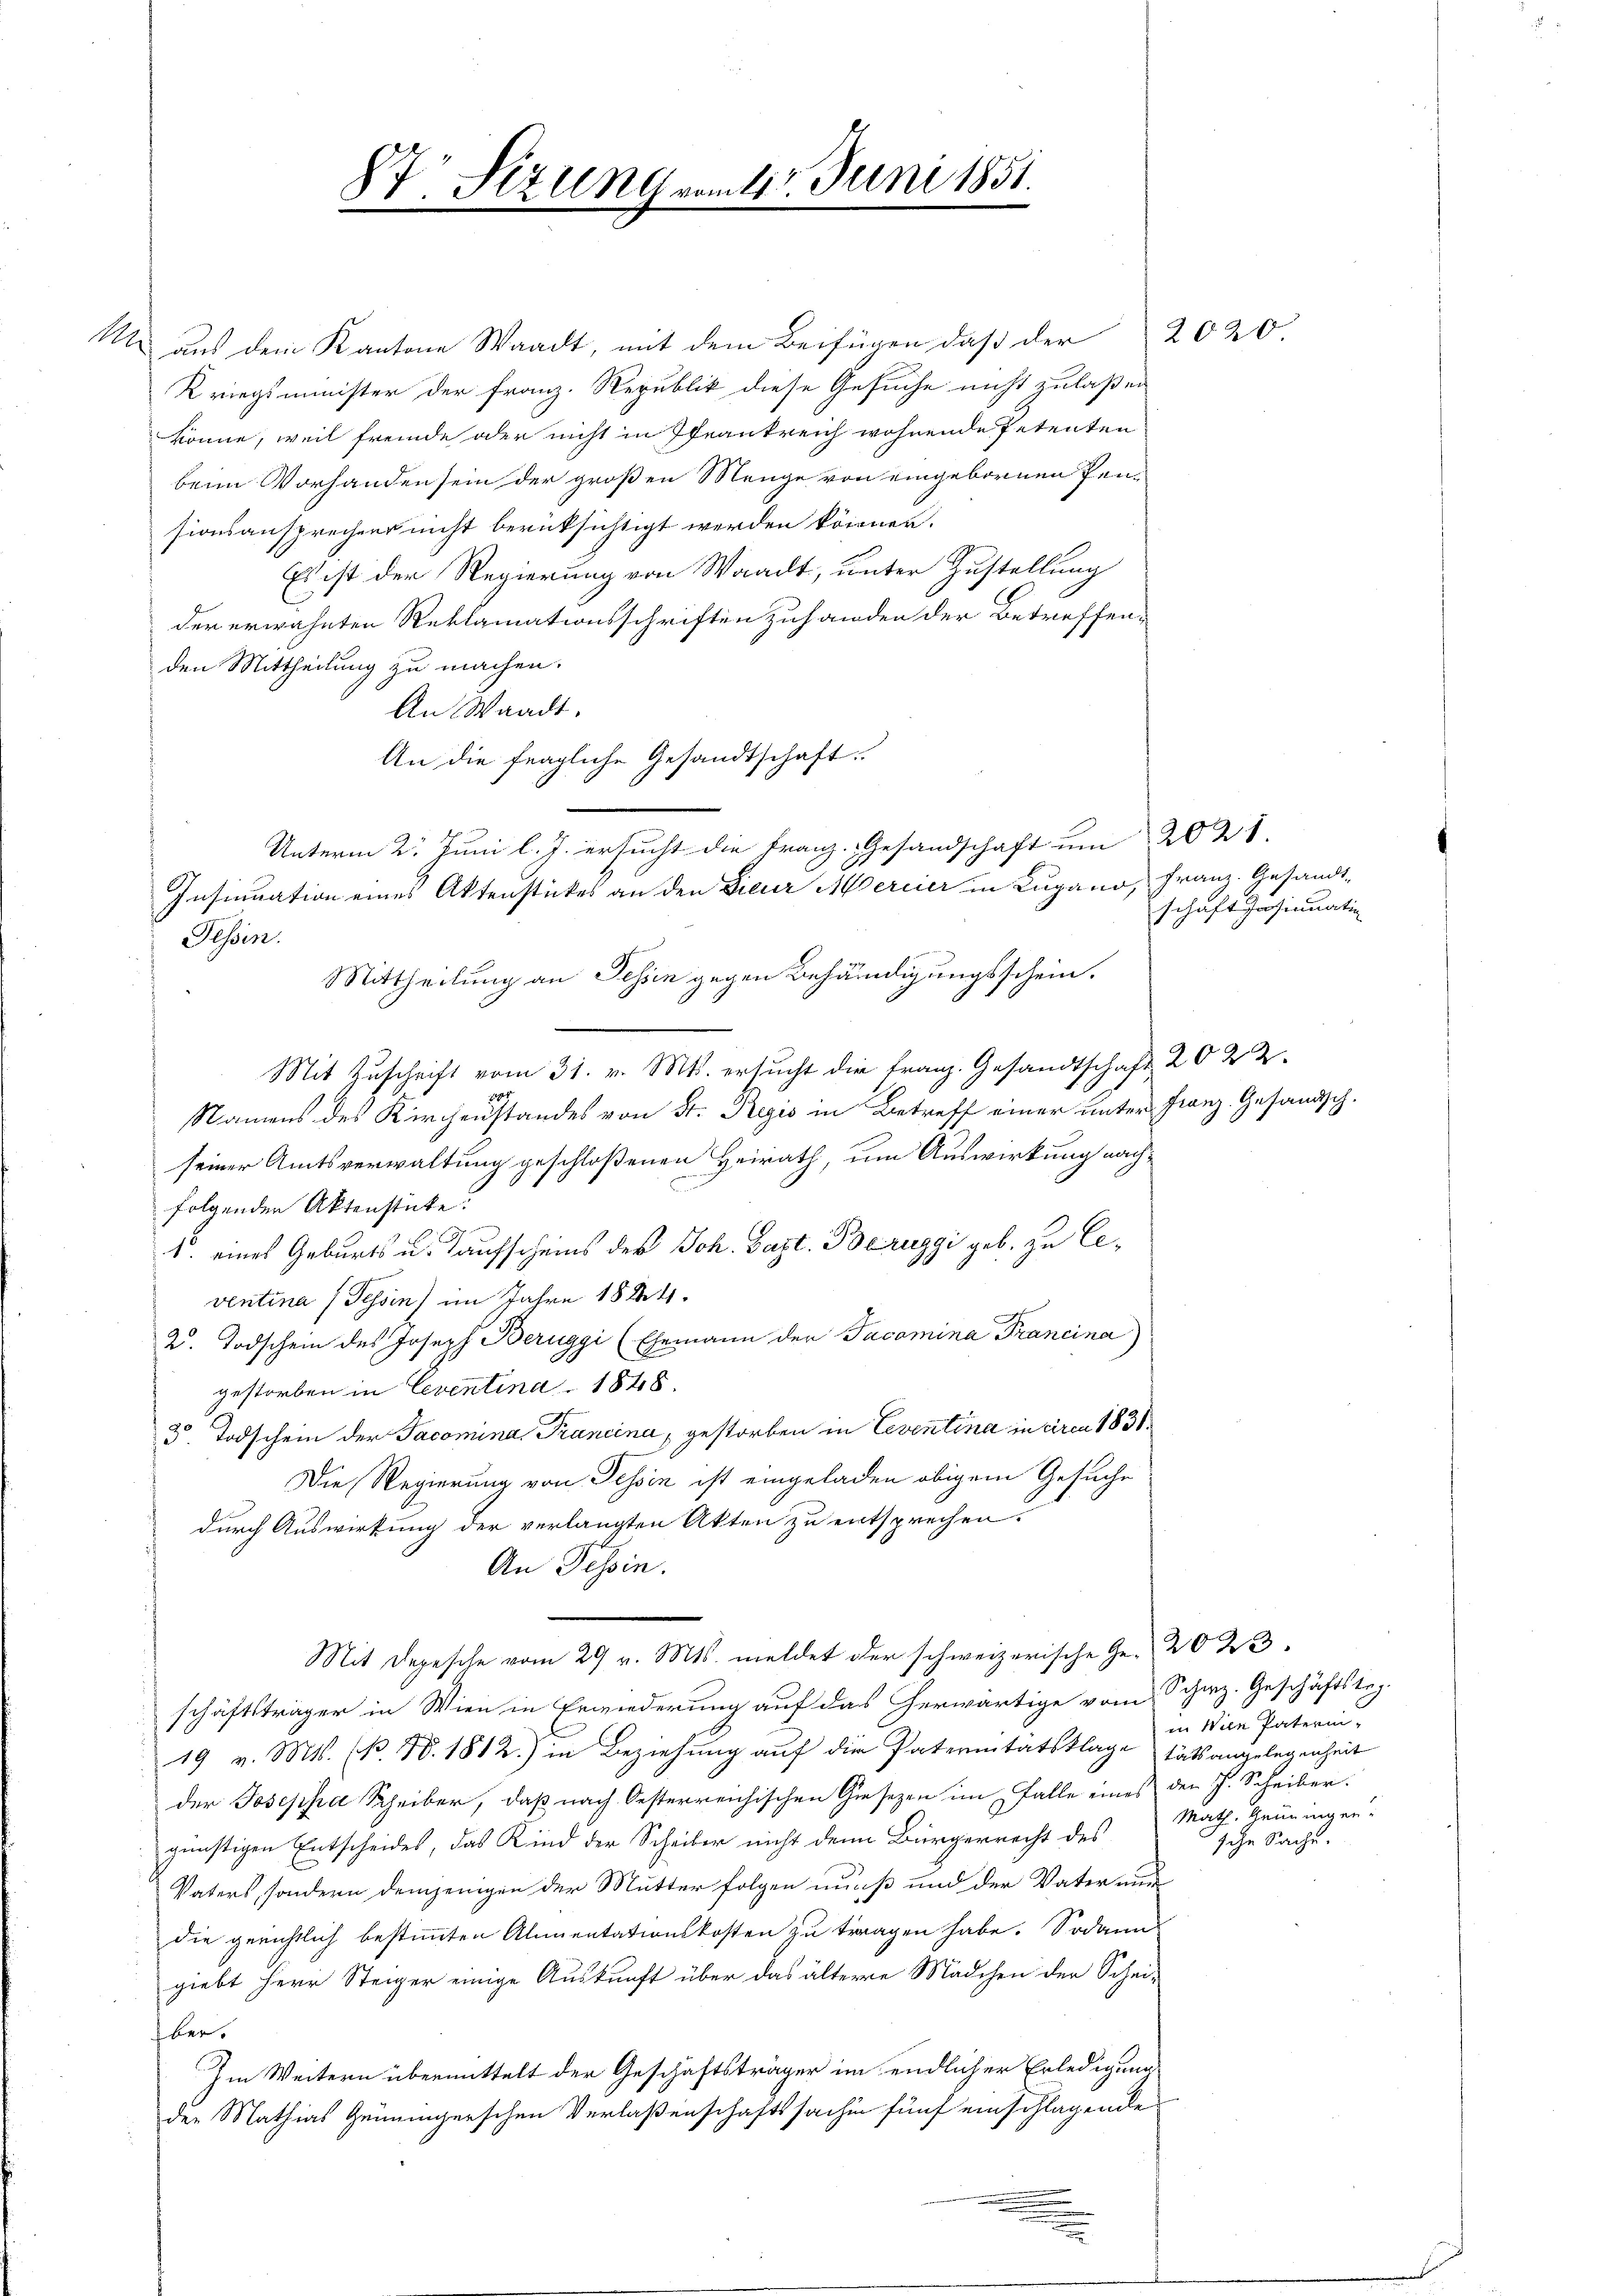
.

½ aus dem Kantone Waadt, mit dem Beifügen, daß der
Kriegsminister der Franz. Republik diese Gesuche nicht zulaßen
könne, weil fremde oder nicht in frankreich wohnende Petenten
beim Vorhanden sein der großen Menge von eingebornen Pensionsansprechens nicht berücksichtigt werden können.
Es ist der Regierung von Waadt, unter Zustellung
der erwähnten Reklamationsschriften zuhanden der Betreffen-
den Mittheilung zu machen.
An Waadt.
An die fragliche Gesandtschaft.
Unterm 2. Juni l. J. ersucht die Franz. Gesandschaft um 20 21.
Insinuation eines Aktenstückes an den Dieur Mercier in Lugano, Franz. Gesandt¬
Tessin.
Mittheilung an Tessin gegen Behändigungsschein.
Mit Zuschrift vom 31. v. M. ersucht die Franz. Gesandtschaft 20 x 2
r
Namens des Kirchenstandes von St. Regis in Betreff einer unter Franz. Gesandtsch.
seiner Amtsverwaltung geschloßenen Heirath, um Auswirkung nachfolgenden Aktenstücke.
1. eines Geburts u. Taufscheins des Joh. Bapt. Bezuggi geb. zu leventina (Tessin im Jahre 1884.
2. Todschein des Joseph Beruggi (Ehemann der Jacomina Francina)
gestorben in Leventina 1848.
3. Todschein der Jacomina, Francina, gestorben in Leventina in ciren 1838.
Die Regierung von Tessin ist eingeladen obigem Gesuche
durch Auswirkung der verlangten Akten zu entsprechen.
An Tessin.
Mit Depesche vom 29 v. Mts. meldet der schweizerische Ge- 2023.
schäftsträger in Wien in Erwiederung auf das herwärtige vom Scherz. Geschäftstag-
19 v. Mts. (N. N. 1812.) in Beziehung auf die Paternitätsklage tats angelegenheit
der Josepha Scheiber, daß nach Oesterreichischen Gesezen im Falle eines den J. Scheiber.
günstigen Entscheides, das Kind der Scheiber nicht denn Bürgerrecht des
Vaters, sondern demjenigen der Mutter folgen muß und der Vater nur
die gerichtlich bestimmten Alimentationskosten zu tragen habe. Sodann
giebt Herr Steiger einige Auskunft über das älterre Mädchen der Schei-
ber.
Im Weitern übermittelt der Geschäftsträger im endlicher Erledigung
der Mathias Gemeingerschen Verlaßenschaftssachen fünf einschlagende
.
.

87. Sizung vom 11. Juni 1851.

2020

schaft Insinuatio

in Wien Paterin-
Math. Grüningen
sche Sache.